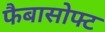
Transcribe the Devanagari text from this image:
फैबासोफ्ट